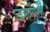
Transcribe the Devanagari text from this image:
जनगीतों